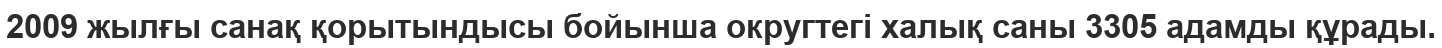
2009 жылғы санақ қорытындысы бойынша округтегі халық саны 3305 адамды құрады.